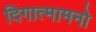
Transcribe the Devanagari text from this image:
दिगात्मामनो